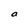
Character: a